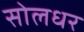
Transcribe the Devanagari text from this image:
सोलधर